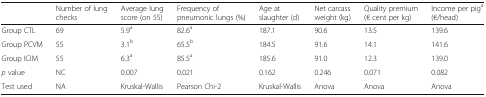
<table><thead><tr><td></td><td><b>Number of lung checks</b></td><td><b>Average lung score (on 55)</b></td><td><b>Frequency of pneumonic lungs (%)</b></td><td><b>Age at slaughter (d)</b></td><td><b>Net carcass weight (kg)</b></td><td><b>Quality premium (€ cent per kg)</b></td><td><b>Income per pig<sup>a</sup> (€/head)</b></td></tr></thead><tbody><tr><td>Group CTL</td><td>69</td><td>5.9<sup>a</sup></td><td>82.6<sup>a</sup></td><td>187.1</td><td>90.6</td><td>13.5</td><td>139.6</td></tr><tr><td>Group PCVM</td><td>55</td><td>3.1<sup>b</sup></td><td>65.5<sup>b</sup></td><td>184.5</td><td>91.6</td><td>14.1</td><td>141.6</td></tr><tr><td>Group ICIM</td><td>55</td><td>6.3<sup>a</sup></td><td>85.5<sup>a</sup></td><td>185.6</td><td>91.0</td><td>12.3</td><td>139.0</td></tr><tr><td><i>p</i> value</td><td>NC</td><td>0.007</td><td>0.021</td><td>0.162</td><td>0.246</td><td>0.071</td><td>0.082</td></tr><tr><td>Test used</td><td>NA</td><td>Kruskal-Wallis</td><td>Pearson Chi-2</td><td>Kruskal-Wallis</td><td>Anova</td><td>Anova</td><td>Anova</td></tr></tbody></table>